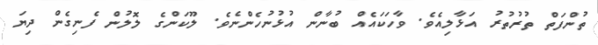
ތުންފަތް ތުރުތުރު އަޅާލިއެވެ. ވާހަކައެއް ބުނާން އުޅުނުހެންނެވެ. ލޫކަންގެ ލޮލުން ފެނިގެން ދިޔަ